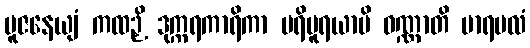
ပူဇနေယျံ ကထဉှိ ဒုက္ကရကာရိကာ ပရိပူရယာမိ ဝဏ္ဏာတိ မာရဗလံ